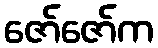
ဇော်ဇော်က